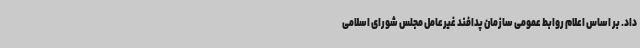
داد. بر اساس اعلام روابط عمومی سازمان پدافند غیرعامل مجلس شورای اسلامی